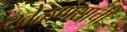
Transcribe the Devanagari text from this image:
खेळणयाची